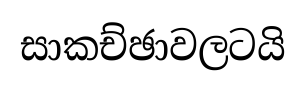
සාකච්ඡාවලටයි